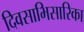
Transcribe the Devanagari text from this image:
दिवसाभिसारिका